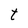
Character: t